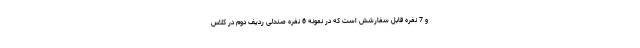
و 7 نفره قابل سفارشش است که در نمونه 6 نفره صندلی ردیف دوم در کلاس